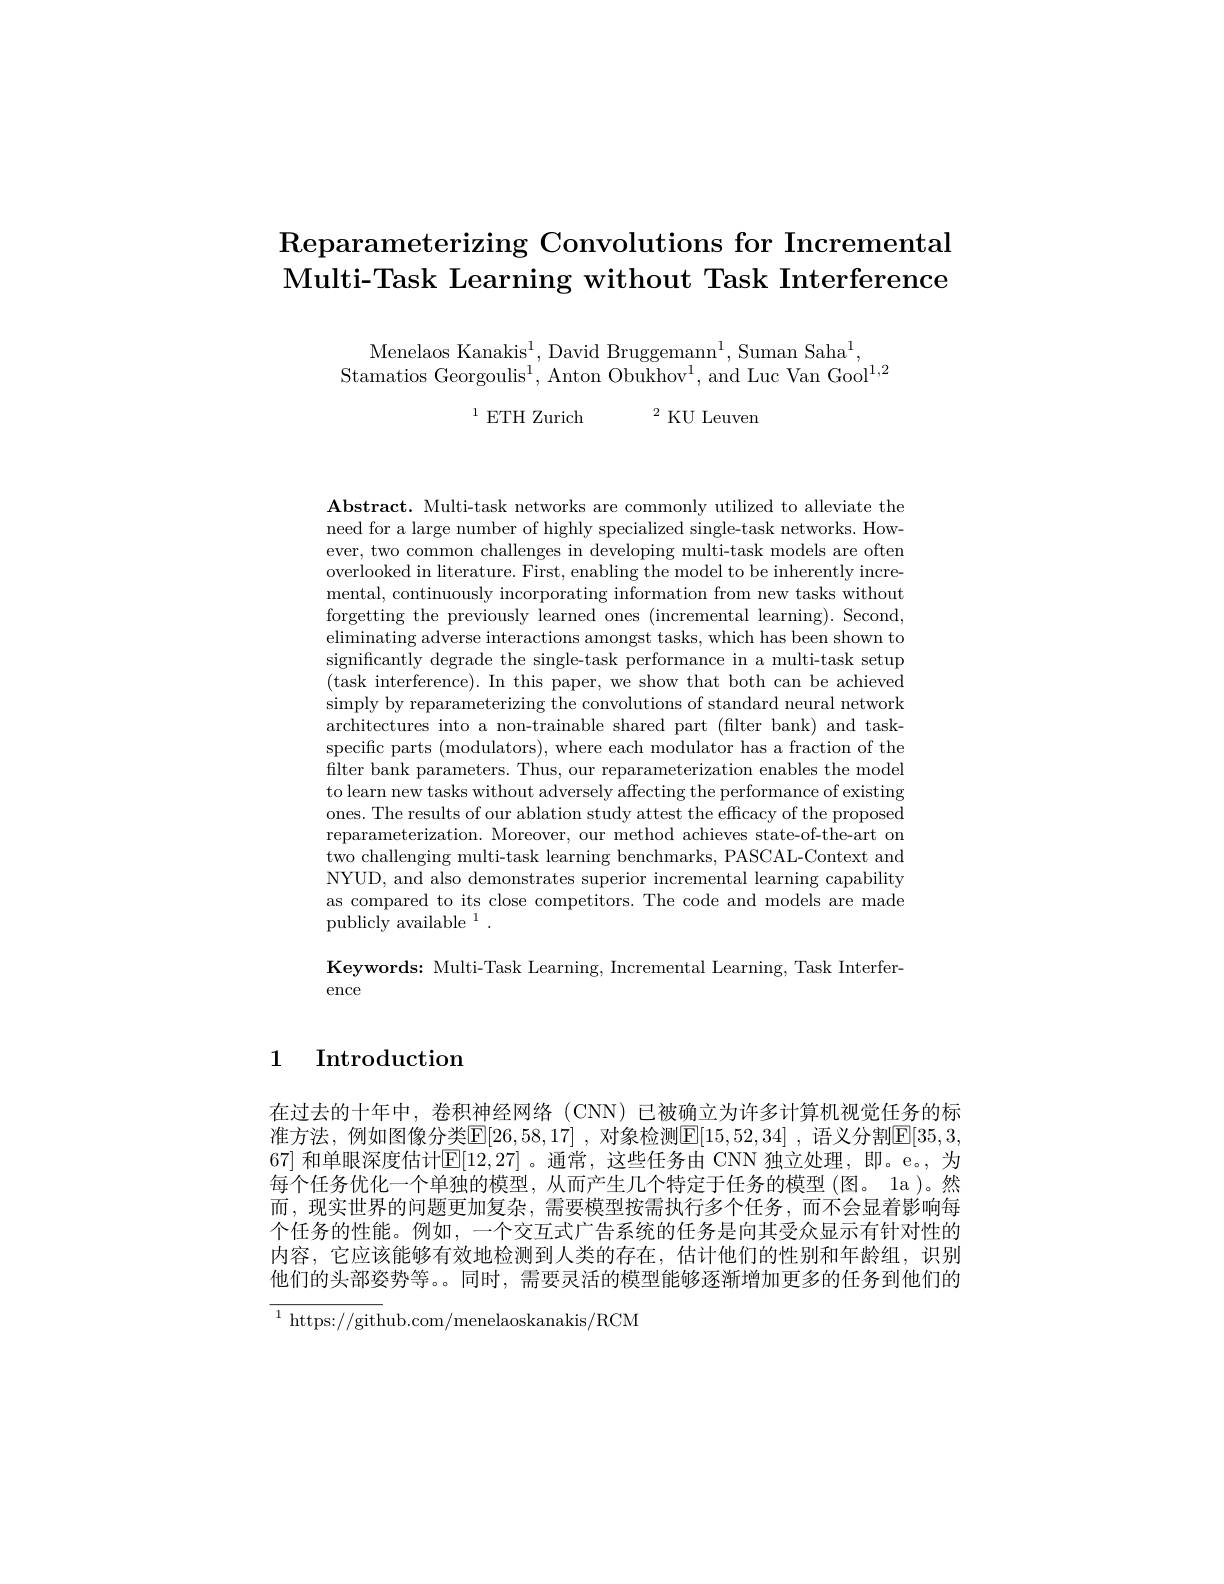
# Reparameterizing Convolutions for Incremental Multi-Task Learning without Task Interference

Menelaos Kanakis$^1$, David Bruggemann$^1$, Suman Saha$^1$,
Stamatios Georgoulis$^1,\mathrm{Anton~Obukhov}^{1}$,and Luc Van Gool$^1,2$
$^{1}$ETH Zurich$^2$KU Leuven

Abstract. Multi-task networks are commonly utilized to alleviate the need for a large number of highly specialized single-task networks. However, two common challenges in developing multi-task models are often overlooked in literature. First, enabling the model to be inherently incremental, continuously incorporating information from new tasks without forgetting the previously learned ones (incremental learning). Second, eliminating adverse interactions amongst tasks, which has been shown to significantly degrade the single-task performance in a multi-task setup (task interference). In this paper, we show that both can be achieved simply by reparameterizing the convolutions of standard neural network architectures into a non-trainable shared part (filter bank) and taskspecific parts (modulators), where each modulator has a fraction of the filter bank parameters. Thus, our reparameterization enables the model to learn new tasks without adversely affecting the performance of existing ones. The results of our ablation study attest the effcacy of the proposed reparameterization. Moreover, our method achieves state-of-the-art on two challenging multi-task learning benchmarks, PASCAL-Context and NYUD, and also demonstrates superior incremental learning capability as compared to its close competitors. The code and models are made publicly available $^1.$

Keywords: Multi-Task Learning, Incremental Learning, Task Interfer-
ence

1 Introduction

在过去的十年中，卷积神经网络(CNN)已被确立为许多计算机视觉任务的标准方法，例如图像分类$\mathbb{E}[26,58,17]$ ,对象检测$\mathbb{E}[15,52,34]$ ,语义分割$\mathbb{E}[35,3$, 67] 和单眼深度估计$[\mathbb{E}[12,27]$ 。通常，这些任务由 CNN 独立处理，即。e。, 为每个任务优化一个单独的模型，从而产生几个特定于任务的模型(图。1a)。然而，现实世界的问题更加复杂，需要模型按需执行多个任务，而不会显着影响每个任务的性能。例如，一个交互式广告系统的任务是向其受众显示有针对性的内容，它应该能够有效地检测到人类的存在，估计他们的性别和年龄组，识别他们的头部姿势等。。同时，需要灵活的模型能够逐渐增加更多的任务到他们的
$$\overline{{^1\text{https://gith}}}\text{ub.com/menelaoskanakis/RCM}$$